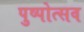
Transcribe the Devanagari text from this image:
पुष्पोत्सव